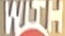
WITH